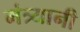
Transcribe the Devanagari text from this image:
मंत्र्यानी